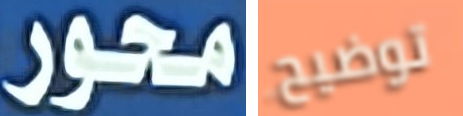
محور توضيح